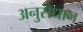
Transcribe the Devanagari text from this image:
अनुसँधान